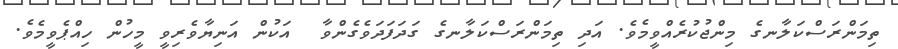
ތިމަންރަސްކަލާނގެ މިންޖުކުރެއްވީމެވެ. އަދި ތިމަންރަސްކަލާނގެ ގަދަފަދަވެގެންވާ  އަކުން އަނިޔާވެރިވީ މީހުން ހިއްޕެވީމެވެ.